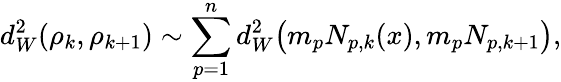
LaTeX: d_{W}^{2}(\rho_{k},\rho_{k+1})\sim\sum_{p=1}^{n}d_{W}^{2}\big(m_{p}N_{p,k}(x),m_{p}N_{p,k+1}\big),